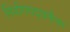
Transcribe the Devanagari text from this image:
नियोगपद्धतीचा